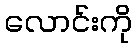
လောင်းကို